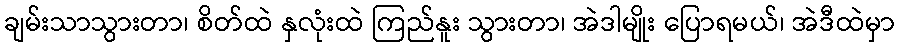
ချမ်းသာသွားတာ၊ စိတ်ထဲ နှလုံးထဲ ကြည်နူး သွားတာ၊ အဲဒါမျိုး ပြောရမယ်၊ အဲဒီထဲမှာ